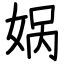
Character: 娲